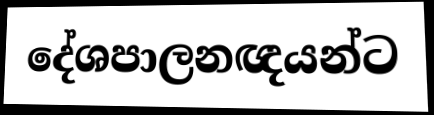
දේශපාලනඥයන්ට